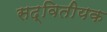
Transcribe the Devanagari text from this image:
सद्वितीयक